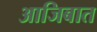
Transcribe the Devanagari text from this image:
आजिबात